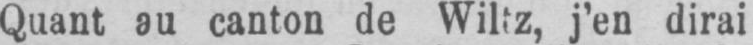
j’en dirai